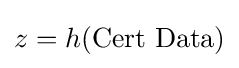
z=h({\text{Cert Data}})